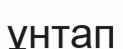
ұнтап